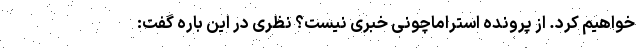
خواهیم کرد. از پرونده استراماچونی خبری نیست؟ نظری در این باره گفت: